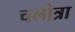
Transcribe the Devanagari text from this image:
चलोत्रा